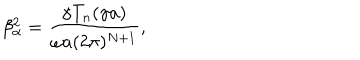
LaTeX: \beta _ { \alpha } ^ { 2 } = \frac { \gamma T _ { n } ( \gamma a ) } { \omega a ( 2 \pi ) ^ { N + 1 } } ,